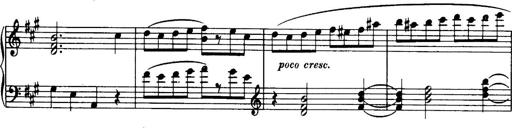
Title: 3 Sonatinas, Op.67
Composer: Jean Sibelius